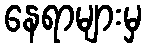
နေရာများမှ